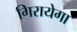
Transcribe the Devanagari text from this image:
गिरायेगा